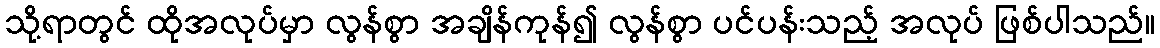
သို့ရာတွင် ထိုအလုပ်မှာ လွန်စွာ အချိန်ကုန်၍ လွန်စွာ ပင်ပန်းသည့် အလုပ် ဖြစ်ပါသည်။